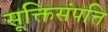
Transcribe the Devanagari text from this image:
सूक्तिसंपत्ति